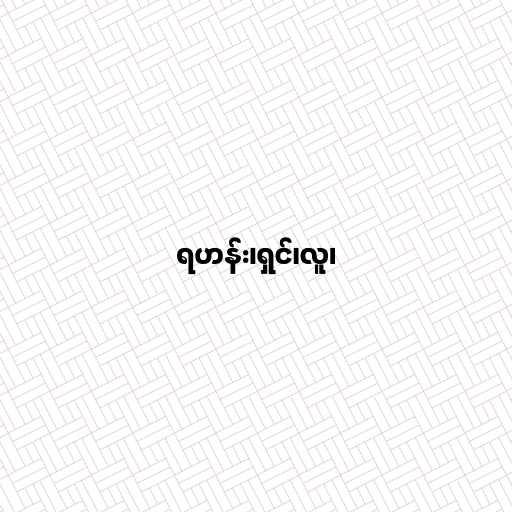
ရဟန်း၊ရှင်၊လူ၊